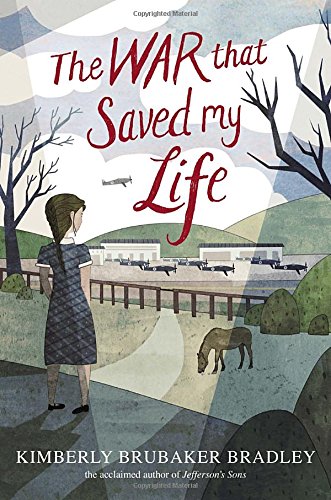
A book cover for The War that Saved My Life; Kimberly Brubaker Bradley; Children's Books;